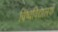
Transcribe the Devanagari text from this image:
विष्वविद्यालयों